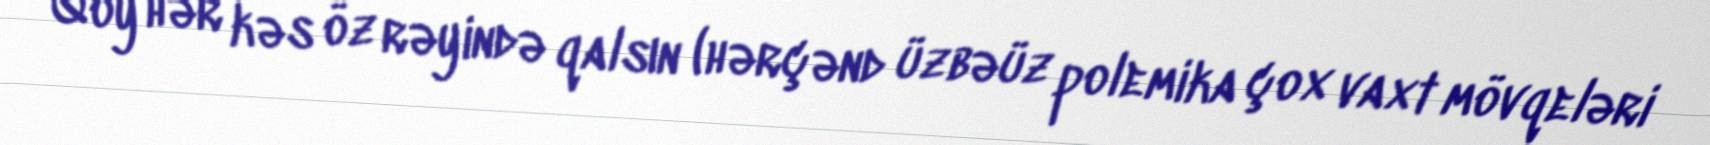
Qoy hər kəs öz rəyində qalsın (hərçənd üzbəüz polemika çox vaxt mövqeləri